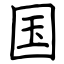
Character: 国